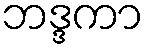
ဘဒ္ဒကာ